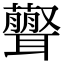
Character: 𦘃